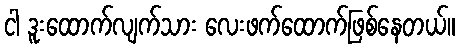
ငါ ဒူးထောက်လျက်သား လေးဖက်ထောက်ဖြစ်နေတယ်။